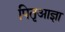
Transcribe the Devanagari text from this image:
पितृआज्ञा